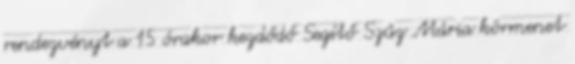
rendezvényt a 15 órakor kezdődő Segítő Szűz Mária körmenet